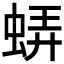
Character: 𧋼